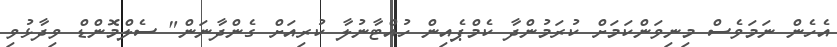
އެހެން ނަމަވެސް މިނިވަންކަމަށް ކުރަމުންދާ ކެމްޕެއިން ހުއްޓާނުލާ ކުރިއަށް ގެންދާނަން" ސެލްމޮންޑް ވިދާޅުވި